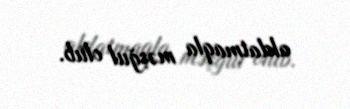
aldatmaqla məşğul olub.